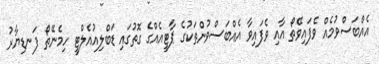
އެއްބަސްވުމެއް ވެފައިވޭތޯ އާއި ވެފައިވާ އެއްބަސްވުންތަކުގެ ޕާޓީއެއްގެ ގޮތުގައި ޑަބްލިއުއެލްޓީ ހިމެނޭތޯ ފަނޑިޔާރު